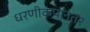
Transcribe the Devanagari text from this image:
धरणीकंपानंतर